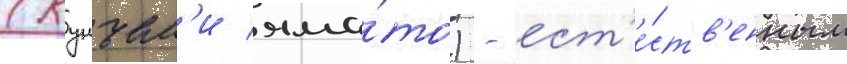
(кунъем'и яма́то) - ест'е́ств'енным